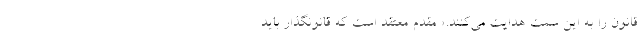
قانون را به این سمت هدایت می‌کنند.» مقدم معتقد است که قانونگذار باید